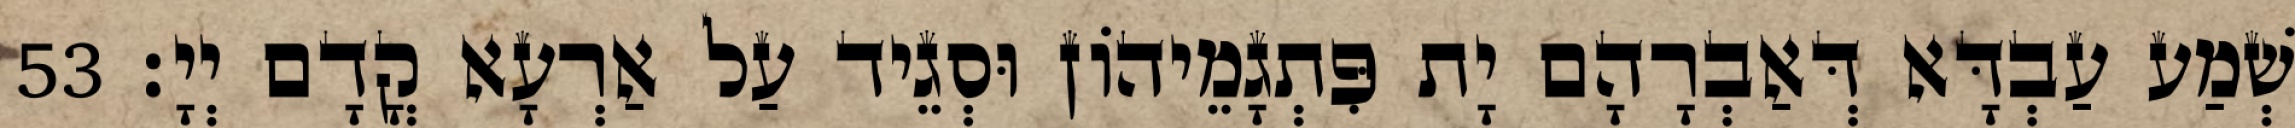
שְׁמַע עַבְדָּא דְּאַבְרָהָם יָת פִּתְגָמֵיהוֹן וּסְגֵיד עַל אַרְעָא קֳדָם יְיָ׃ 53